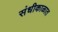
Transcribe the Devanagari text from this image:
संधीकाळात